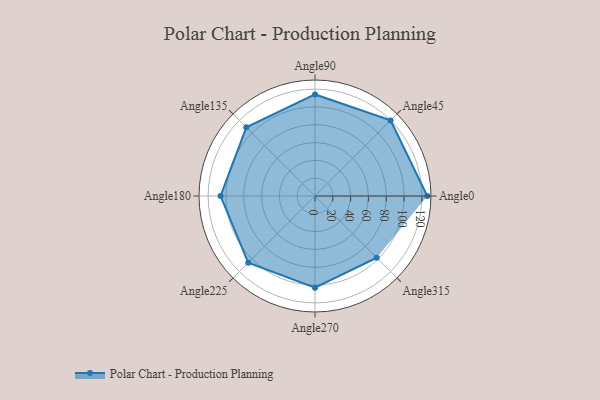
{"axis": {"x": "Angle", "y": "Radius"}, "legend": [""], "data": [{"x": "Angle0", "y": 126.0, "type": ""}, {"x": "Angle45", "y": 120.0, "type": ""}, {"x": "Angle90", "y": 114.0, "type": ""}, {"x": "Angle135", "y": 109.0, "type": ""}, {"x": "Angle180", "y": 106.0, "type": ""}, {"x": "Angle225", "y": 106.0, "type": ""}, {"x": "Angle270", "y": 103.0, "type": ""}, {"x": "Angle315", "y": 98.0, "type": ""}]}